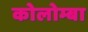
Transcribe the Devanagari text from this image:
कोलोम्बा